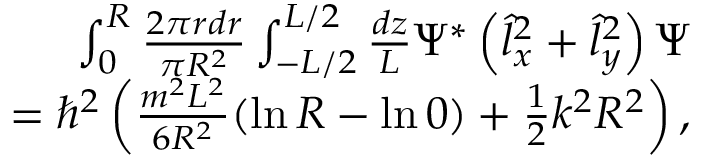
\begin{array} { r l r } & { } & { \int _ { 0 } ^ { R } \frac { 2 \pi r d r } { \pi R ^ { 2 } } \int _ { - L / 2 } ^ { L / 2 } \frac { d z } { L } \Psi ^ { * } \left( \hat { l } _ { x } ^ { 2 } + \hat { l } _ { y } ^ { 2 } \right) \Psi } \\ & { } & { = \hbar ^ { 2 } \left( \frac { m ^ { 2 } L ^ { 2 } } { 6 R ^ { 2 } } ( \ln R - \ln 0 ) + \frac { 1 } { 2 } k ^ { 2 } R ^ { 2 } \right) , } \end{array}